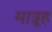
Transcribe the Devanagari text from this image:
मात्रूह